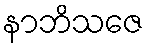
နာဘိသဇေ